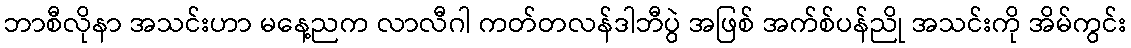
ဘာစီလိုနာ အသင်းဟာ မနေ့ညက လာလီဂါ ကတ်တလန်ဒါဘီပွဲ အဖြစ် အက်စ်ပန်ညို အသင်းကို အိမ်ကွင်း